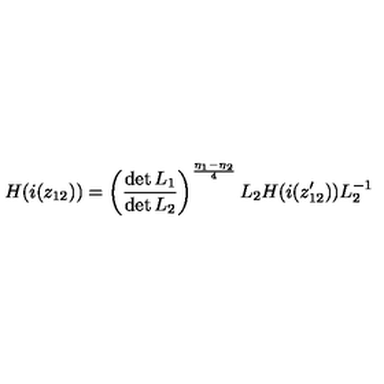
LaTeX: H ( i ( z _ { 1 2 } ) ) = \left( \frac { \det L _ { 1 } } { \det L _ { 2 } } \right) ^ { \frac { \eta _ { 1 } - \eta _ { 2 } } { 4 } } L _ { 2 } H ( i ( z _ { 1 2 } ^ { \prime } ) ) L _ { 2 } ^ { - 1 }